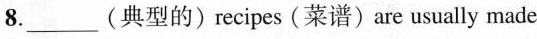
8.___(典型的)recipes(菜谱)are usually made